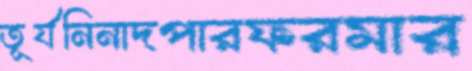
তূর্যনিনাদপারফরমার